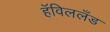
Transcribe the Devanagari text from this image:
हॅविललँड